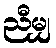
ညီမျှ